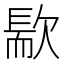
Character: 𣤀